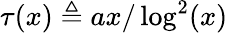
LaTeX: \tau(x)\triangleq ax/\log^{2}(x)